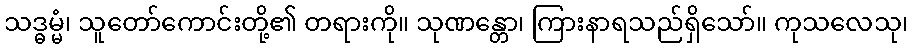
သဒ္ဓမ္မံ၊ သူတော်ကောင်းတို့၏ တရားကို။ သုဏန္တော၊ ကြားနာရသည်ရှိသော်။ ကုသလေသု၊